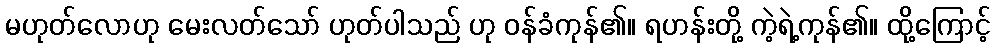
မဟုတ်လောဟု မေးလတ်သော် ဟုတ်ပါသည် ဟု ဝန်ခံကုန်၏။ ရဟန်းတို့ ကဲ့ရဲ့ကုန်၏။ ထို့ကြောင့်